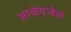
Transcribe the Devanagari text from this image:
आर्कएंजेल